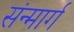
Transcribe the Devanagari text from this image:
संन्मार्ग